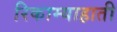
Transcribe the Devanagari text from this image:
रिकाम्याहाती